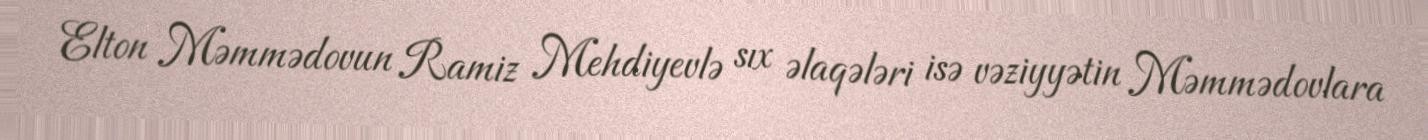
Elton Məmmədovun Ramiz Mehdiyevlə sıx əlaqələri isə vəziyyətin Məmmədovlara